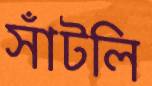
সাঁটলি